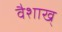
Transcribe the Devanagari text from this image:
वैशाख्